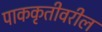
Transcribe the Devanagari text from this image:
पाककृतीवरील